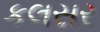
કલસર